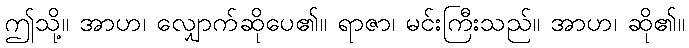
ဤသို့။ အာဟ၊ လျှောက်ဆိုပေ၏။ ရာဇာ၊ မင်းကြီးသည်။ အာဟ၊ ဆို၏။